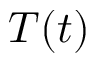
T ( t )